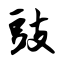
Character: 豉